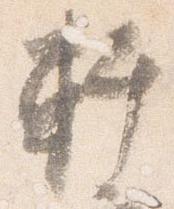
軒